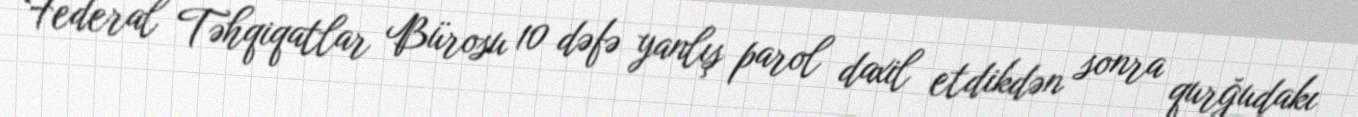
Federal Təhqiqatlar Bürosu 10 dəfə yanlış parol daxil etdikdən sonra qurğudakı